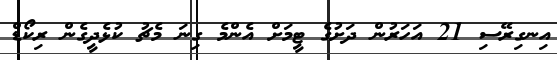
އިނގިރޭސި 21 އަހަރުން ދަށުގެ ޓީމަށް އެންމެ ގިނަ މެޗު ކުޅެދީގެން ރިކޯޑް